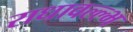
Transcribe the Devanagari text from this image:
राधावल्ल्भ